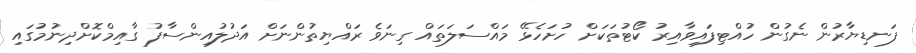
ފަނޑިޔާރުން ނެގުން ހުއްޓިފައިވާއިރު ކޯޓުތަކަށް ހުށަހެޅޭ މައްސަލަތައް ގިނަވެ ރައްޔިތުންނަށް އަދުލުއިންސާފު ގާއިމްކޮށްދިނުމުގައި